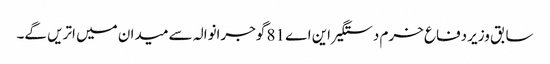
سابق وزیر دفاع خرم دستگیر این اے 81 گوجرانوالہ سے میدان میں اتریں گے۔